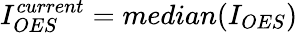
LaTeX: I_{OES}^{current}=median(I_{OES})